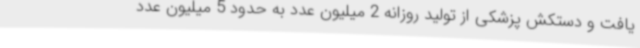
یافت و دستکش پزشکی از تولید روزانه 2 میلیون عدد به حدود 5 میلیون عدد